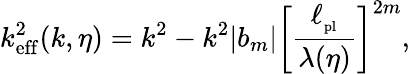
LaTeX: k_{\mathrm{eff}}^{2}(k,\eta)=k^{2}-k^{2}\vert b_{m}\vert\biggl[{\frac{\ell_{_\mathrm{pl}}}{\lambda(\eta)}}\biggr]^{2m},